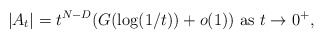
\begin{align*}|A_t|=t^{N-D}(G(\log(1/t))+o(1))\textrm{ as }t\to0^+,\end{align*}